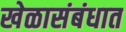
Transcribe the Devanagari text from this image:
खेळासंबंधात